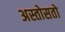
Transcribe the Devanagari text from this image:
अस्तोसतो